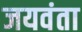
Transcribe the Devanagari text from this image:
जयवंता